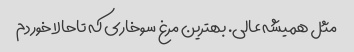
مثل همیشه عالی. بهترین مرغ سوخاری که تاحالا خوردم